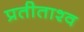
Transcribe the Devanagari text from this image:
प्रतीताश्व